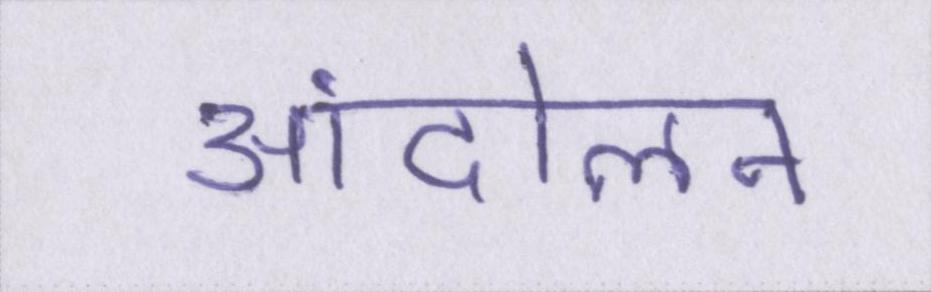
आंदोलन